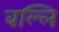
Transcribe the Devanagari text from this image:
बल्लि